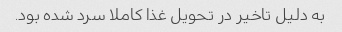
به دلیل تاخیر در تحویل غذا کاملا سرد شده بود.